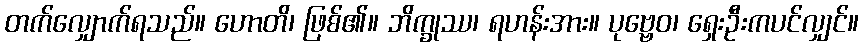
တက်လျှောက်ရသည်။ ဟောတိ၊ ဖြစ်၏။ ဘိက္ခုဿ၊ ရဟန်းအား။ ပုဗ္ဗေဝ၊ ရှေးဦးကပင်လျှင်။